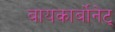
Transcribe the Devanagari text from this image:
बायकार्बोनेट्